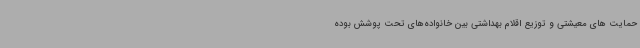
حمایت های معیشتی و توزیع اقلام بهداشتی بین خانواده‌های تحت پوشش بوده